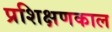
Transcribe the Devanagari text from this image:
प्रशिक्षणकाल